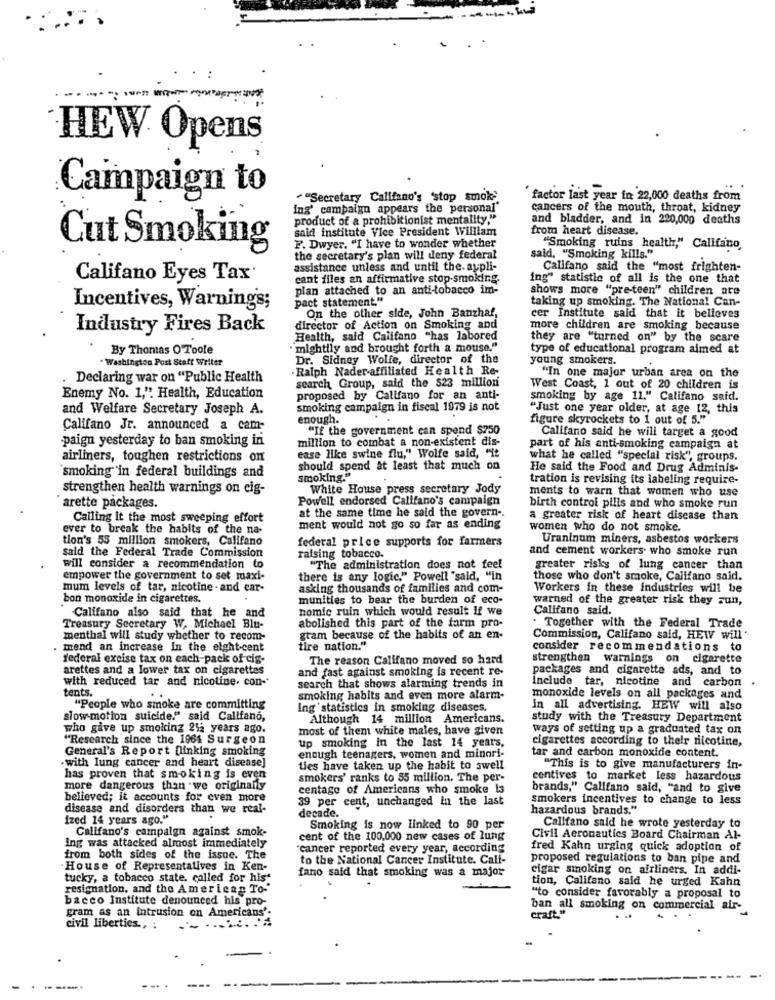
HEW Opens
Campaign to
"Secretary Califano's stop smok"
"factor last year in: 22,000 deaths from
ing' campaign appears the personal
cancers of the mouth, throat, kidney
product of a prohibitionist mentality."
and bladder, and in 220,000 deaths
said institute Vice President William
from heart disease.
F. Dwyer. "I have to wonder whether
Cut Smoking
"Smoking ruins health," Califano,
the secretary's plan will deny federal
said, "Smoking kills."
assistance unless and until the. aypli-
Califano said the "most frighten-
Califano Eyes Tax
cant files an affirmative stop-smoking.
ing" statistic of all is the one that
plan attached to an anti-tobacco im-
shows more "pre-teen" children are
pact statement."
taking up smoking. The National Can-
Incentives, Warning's;
On the other side, John Banzhaf,
cer Institute said that it believes
Industry Fires Back
director of Action on Smoking and
more children are smoking because
Health, said Califano "has labored
they are "turned on" by the scare
By Thomas O Toole
mightily and brought forth a mouse."
type of educational program aimed at
Washington Post Staft Weller
Dr. Sidney Wolfe, director of the
young smokers.
-Ralph Nader-affiliated Health Re-
. Declaring war on "Public Health
"In one major urban area on the
search Group, said the $23 million
West Coast, 1 out of 20 children is
Enemy No. 1,". Health, Education
proposed by Califano for an anti-
smoking by age 11." Califano said.
and Welfare Secretary Joseph A.
smoking campaign in fiscal 1979 is not
"Just one year older, at age 12, this
enough.
..
figure skyrockets to 1 out of 5."
Califano Jr. announced a cam-
"If the government can spend $250
-paign yesterday to ban smoking in
million to combat a non-existent dis-
Califano said he will target a good
part of his anti-smoking campaign at
airliners, toughen restrictions on
ease like swine flu," Wolfe said, "it
what he called "special risk", groups.
'smoking" in federal buildings and
should spend at least that much on
He said the Food and Drug Adminis-
smoking."
tration is revising its labeling require-
strengthen health warnings on cig-
White House press secretary Jody
ments to warn that women who use
Powell endorsed Califano's campaign
arette packages.
at the same time he said the govern -.
birth control pills and who smoke run
Calling it the most sweeping effort
a greater risk of heart disease than
ever to break the habits of the na-
ment would not go so far as ending
women who do not smoke.
tion's 55 million smokers, Califano
federal price supports for farmers
Uraninum miners, asbestos workers
said the Federal Trade Commission
and cement workers who smoke run
raising tobacco.
will consider a recommendation to
"The administration does not feel
greater risks of lung cancer than
empower the government to set maxi-
there is any logic." Powell "said, "in
those who don't smoke, Califano said.
mum levels of tar, nicotine - and car-
asking thousands of families and com-
Workers in these industries will be
bon monoxide in cigarettes.
munities to bear the burden of eco-
warned of the greater risk they sun,
nomic ruin which would result if we
Califano said.
Califano also said that he and
abolished this part of the farm pro-
. Together with the Federal Trade
Treasury Secretary W, Michael Blu-
menthal will study whether to recom-
gram because of the habits of an en-
Commission, Califano said, HEW will
mend an increase In the eight-cent
tire nation."
consider recommendations to
federal excise tax on each-pack of cig-
The reason Califano moved so hard
strengthen warnings on cigarette
arettes and a lower tax on cigarettes
and fast against smoking is recent re-
packages and cigarette ads, and to
with reduced tar and nicotine. con-
include tar, nicotine and carbon
tents.
search that shows alarming trends in
smoking habits and even more alarm-
monoxide levels on all packages and
"People who smoke are committing
ing statistics in smoking diseases.
in all advertising. HEW will also
slow-motion suicide." said Califano,
Although 14 million Americans.
study with the Treasury Department
who give up smoking 212 years ago.
most of them white males, have given
ways of setting up a graduated tax on
"Research since the 1964 Surgeon
up smoking in the last 14 years,
cigarettes according to their nicotine,
General's Report flinking smoking
.with lung cancer and heart disease]
enough teenagers, women and minori-
tar and carbon monoxide content.
ties have taken up the habit to swell
"This is to give manufacturers in-
has proven that smoking is even
smokers' ranks to 55 million. The per-
centives to market less hazardous
more dangerous than we originally
centage of Americans who smoke la
brands," Califano said, "and to give
believed; it accounts for even more
39 per cent, unchanged in the last
smokers incentives to change to less
disease and disorders than we real-
hazardous brands."
ized 14 years ago."
decade.
Califano's campaign against smok-
Smoking is now linked to 90 per
Califano said he wrote yesterday to
cent of the 100,000 new cases of lung
Civil Aeronautics Board Chairman Al-
ing was attacked almost immediately
cancer reported every year, according
fred Kahn urging quick adoption of
from both sides of the issue. The
to the National Cancer Institute. Calf-
proposed regulations to ban pipe and
House of Representatives in Ken-
fano said that smoking was a major
cigar smoking on airliners. In addi-
tucky, a tobacco state. called for his"
tion, Califano said he urged Kahn
resignation, and the American Tos
bacco Institute denounced his pro-
"to consider favorably a proposal to
gram as an intrusion on Americans'
ban all smoking on commercial air-
craft."
civil liberties ., :